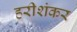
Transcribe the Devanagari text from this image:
हरीशंकर